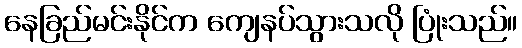
နေခြည်မင်းနိုင်က ကျေနပ်သွားသလို ပြုံးသည်။